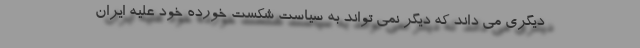
دیگری می داند که دیگر نمی تواند به سیاست شکست خورده خود علیه ایران